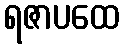
ရဇာပထေ